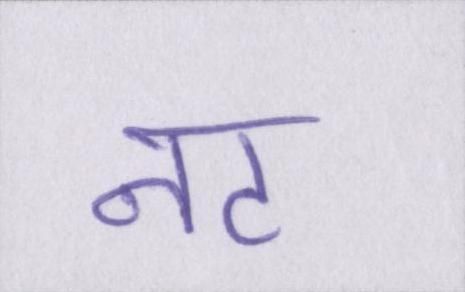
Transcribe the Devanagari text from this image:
नट